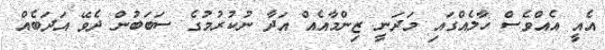
އެއީ އެއްވެސް ހާލެއްގައި މަދަނީ ޒިންމާއެއް އަދާ ނުކުރުމުގެ ސަބަބުން ދެވޭ އަދަބެއް